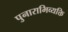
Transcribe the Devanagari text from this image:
पुनाराभिव्यक्ति